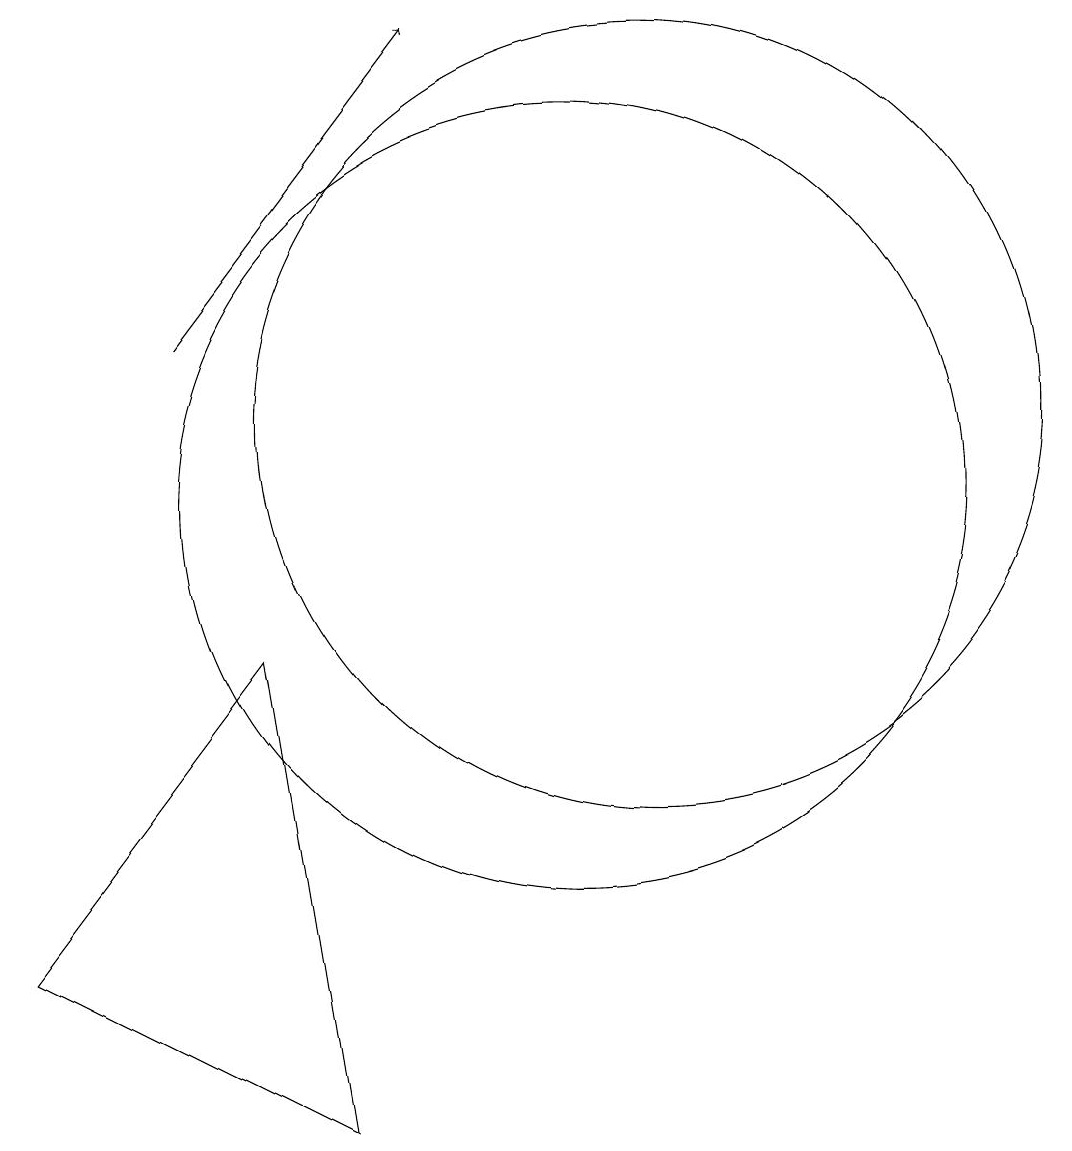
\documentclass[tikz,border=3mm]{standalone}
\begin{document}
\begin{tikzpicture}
\draw[->] (5,13) -- (8,17);
\draw (10,11) circle (5);
\draw (6,9) -- (3,5) -- (7,3) -- cycle;
\draw (11,12) circle (5);
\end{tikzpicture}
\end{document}